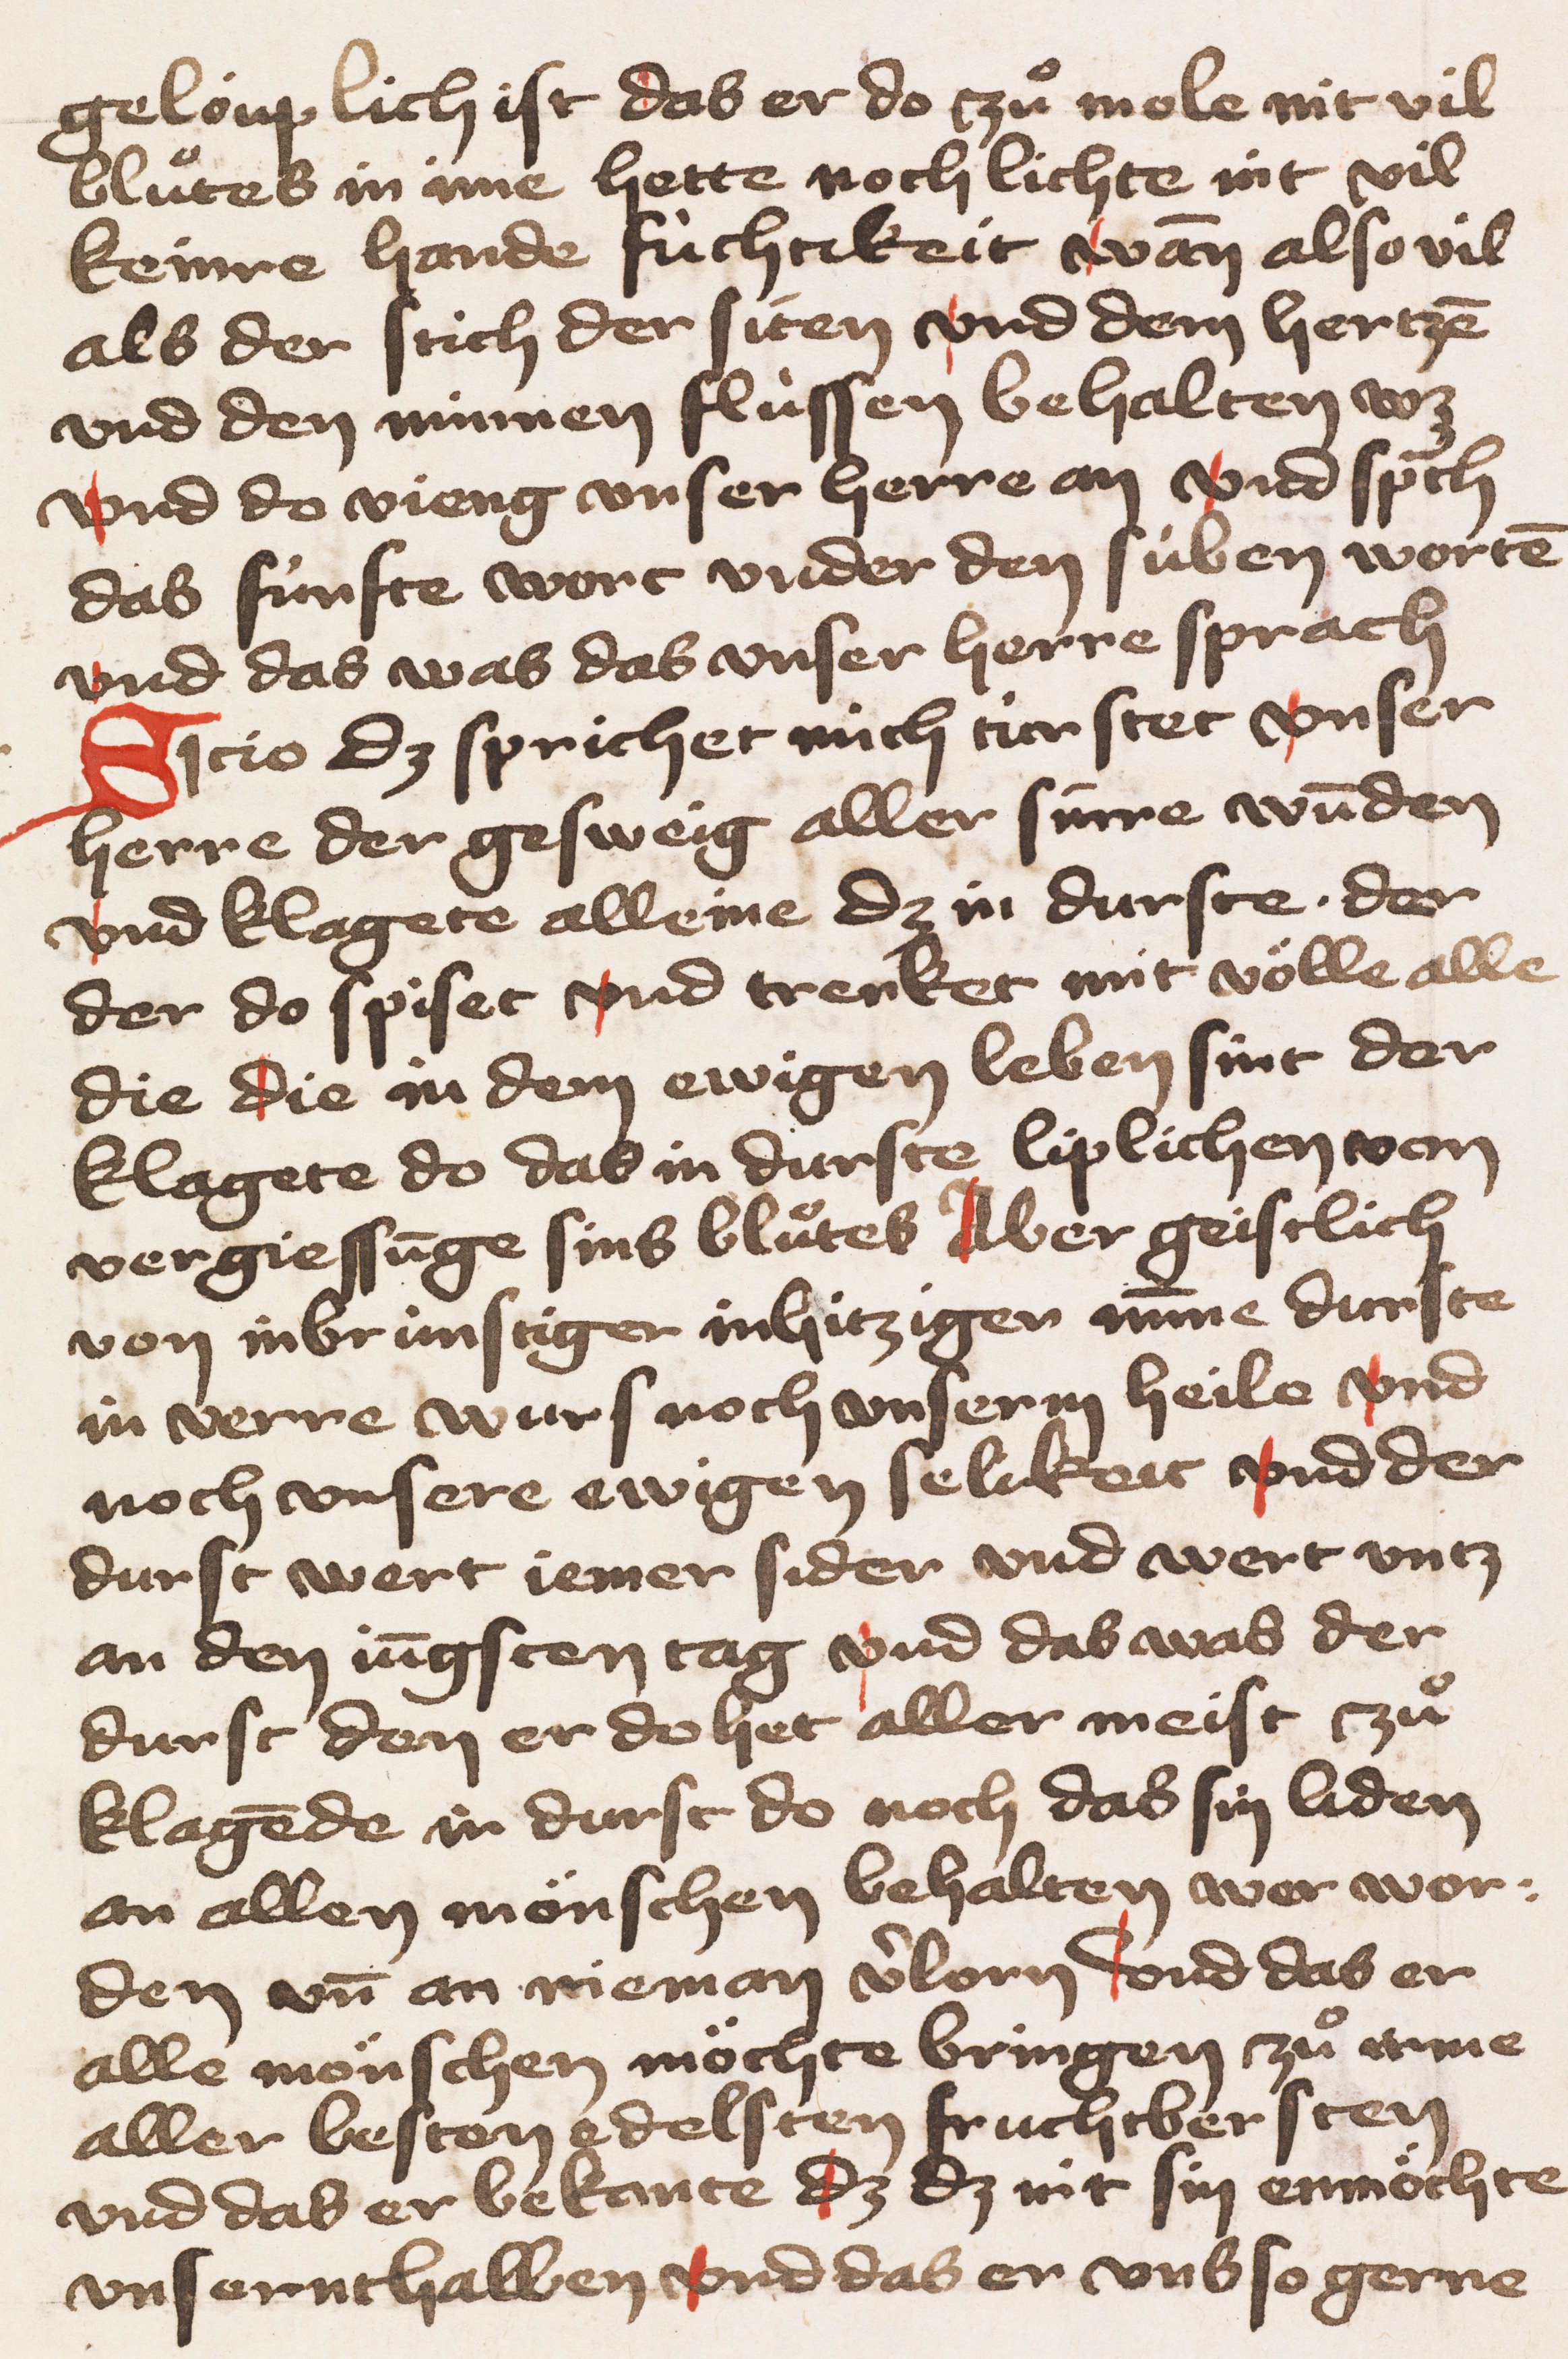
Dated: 1428–1428